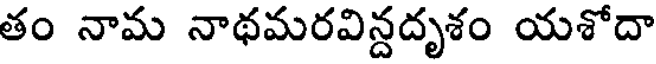
తం నామ నాథమరవిన్దదృశం యశోదా